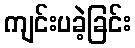
ကျင်းပခဲ့ခြင်း